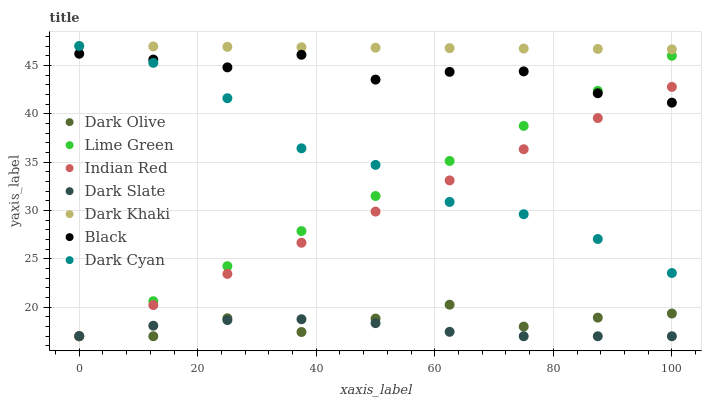
| xaxis_label | Dark Olive | Lime Green | Indian Red | Dark Slate | Dark Khaki | Black | Dark Cyan |
 | --- | --- | --- | --- | --- | --- | --- | --- |
 | 0 | 17 | 17 | 17 | 17 | 47 | 46.2 | 47 |
 | 12.5 | 17 | 20.6 | 20.2 | 18.1 | 47 | 45.6 | 45.3 |
 | 25 | 18.9 | 24.2 | 23.4 | 18.7 | 46.9 | 44.8 | 41.6 |
 | 37.5 | 17.4 | 27.9 | 26.7 | 18.8 | 46.9 | 46.1 | 36.4 |
 | 50 | 18.8 | 31.5 | 29.9 | 18.4 | 46.8 | 43.5 | 34.7 |
 | 62.5 | 20.3 | 35.1 | 33.1 | 17.5 | 46.8 | 44.3 | 30.9 |
 | 75 | 18 | 38.7 | 36.3 | 17 | 46.7 | 44.4 | 29.6 |
 | 87.5 | 18.9 | 42.4 | 39.6 | 17 | 46.7 | 42.1 | 27.1 |
 | 100 | 19.3 | 46 | 42.8 | 17 | 46.7 | 41.1 | 23.5 |